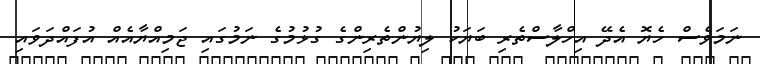
ނަމަވެސް ހެޔޮ އެދޭ އިހްލާސްތެރި ބަޔަކު ލިޔުންތެރިންގެ ގުޅުމުގެ ނަމުގައި ޖަމިއްޔާއެއް އުފައްދަވައި